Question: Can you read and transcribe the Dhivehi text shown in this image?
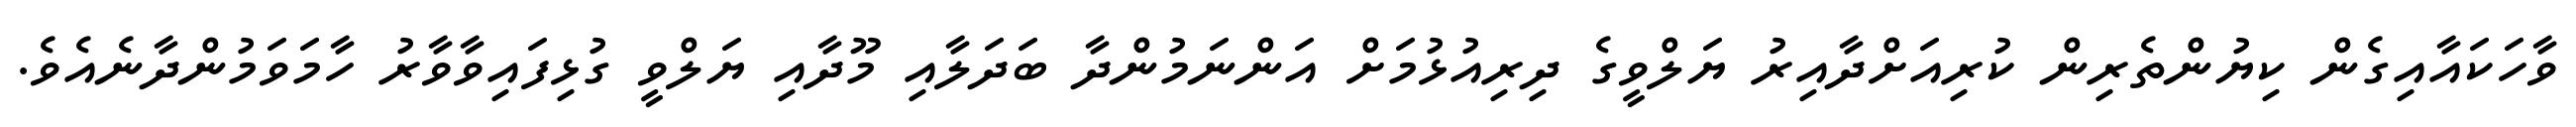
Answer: ވާހަކައާއިގެން ކިޔުންތެރިން ކުރިއަށްދާއިރު ޔަލްވީގެ ދިރިއުޅުމަށް އަންނަމުންދާ ބަދަލާއި މޫދާއި ޔަލްވީ ގުޅިފައިވާވާރު ހާމަވަމުންދާނެއެވެ.